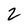
Character: 2